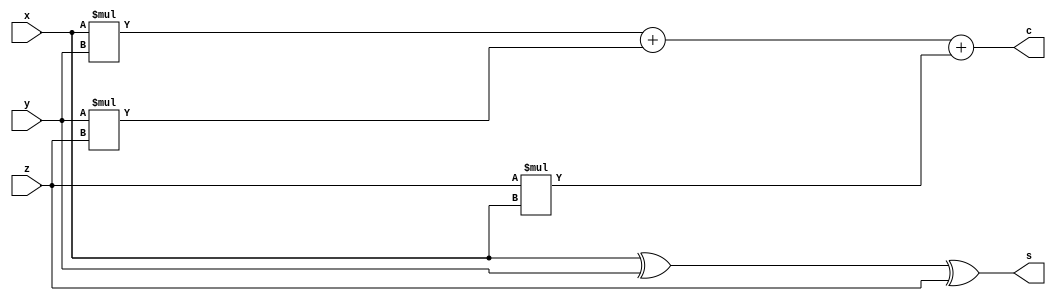
module FullAdder(s,c,x,y,z);
	input x, y, z;
	output c, s;
	assign s = (x^y)^z;
	assign c = x*y+y*z+z*x;
endmodule